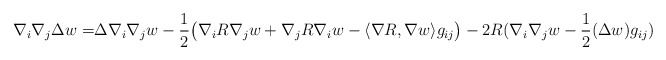
\begin{align*}\nabla_i\nabla_j\Delta w=&\Delta\nabla_i\nabla_jw-\frac{1}{2}\big(\nabla_iR\nabla_jw+\nabla_jR\nabla_iw-\langle\nabla R,\nabla w\rangle g_{ij}\big) -2R(\nabla_i\nabla_jw-\frac{1}{2}(\Delta w)g_{ij})\end{align*}